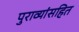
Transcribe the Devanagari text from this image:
पुराव्यांसहित